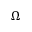
\Omega